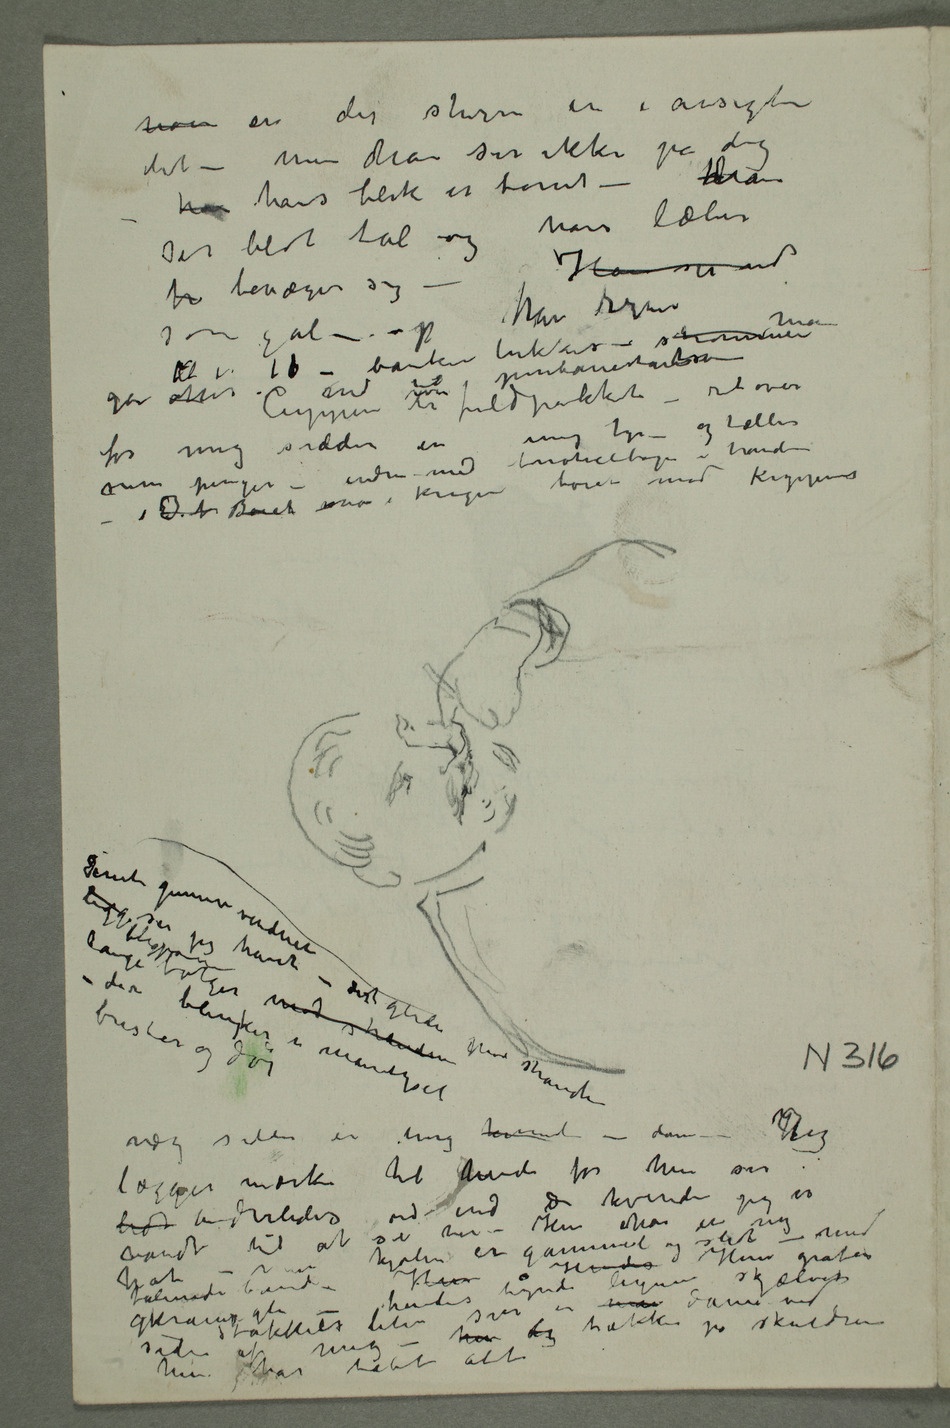
noen en der stirrer in i ansigtet dit – men
ser blot tal og hans læber
som gal –  han regner
Kl er 11 – banken lukker – strømmen man
går atter ud til jernbanestationen Cuppeen er fuldpakket – ret over
med noticebogen i hånden
Derute gennem vinduet
jeg havet –
dert glider
mod stranden lange blågrønne
væg sitter en ung kvinde – dame – HJeg
lægger mærke til hende for hun ser
lidt anderledes ud end de kvinder jeg er
Hun gråter gkrampagti
– hendes tynde
legeme skjælver